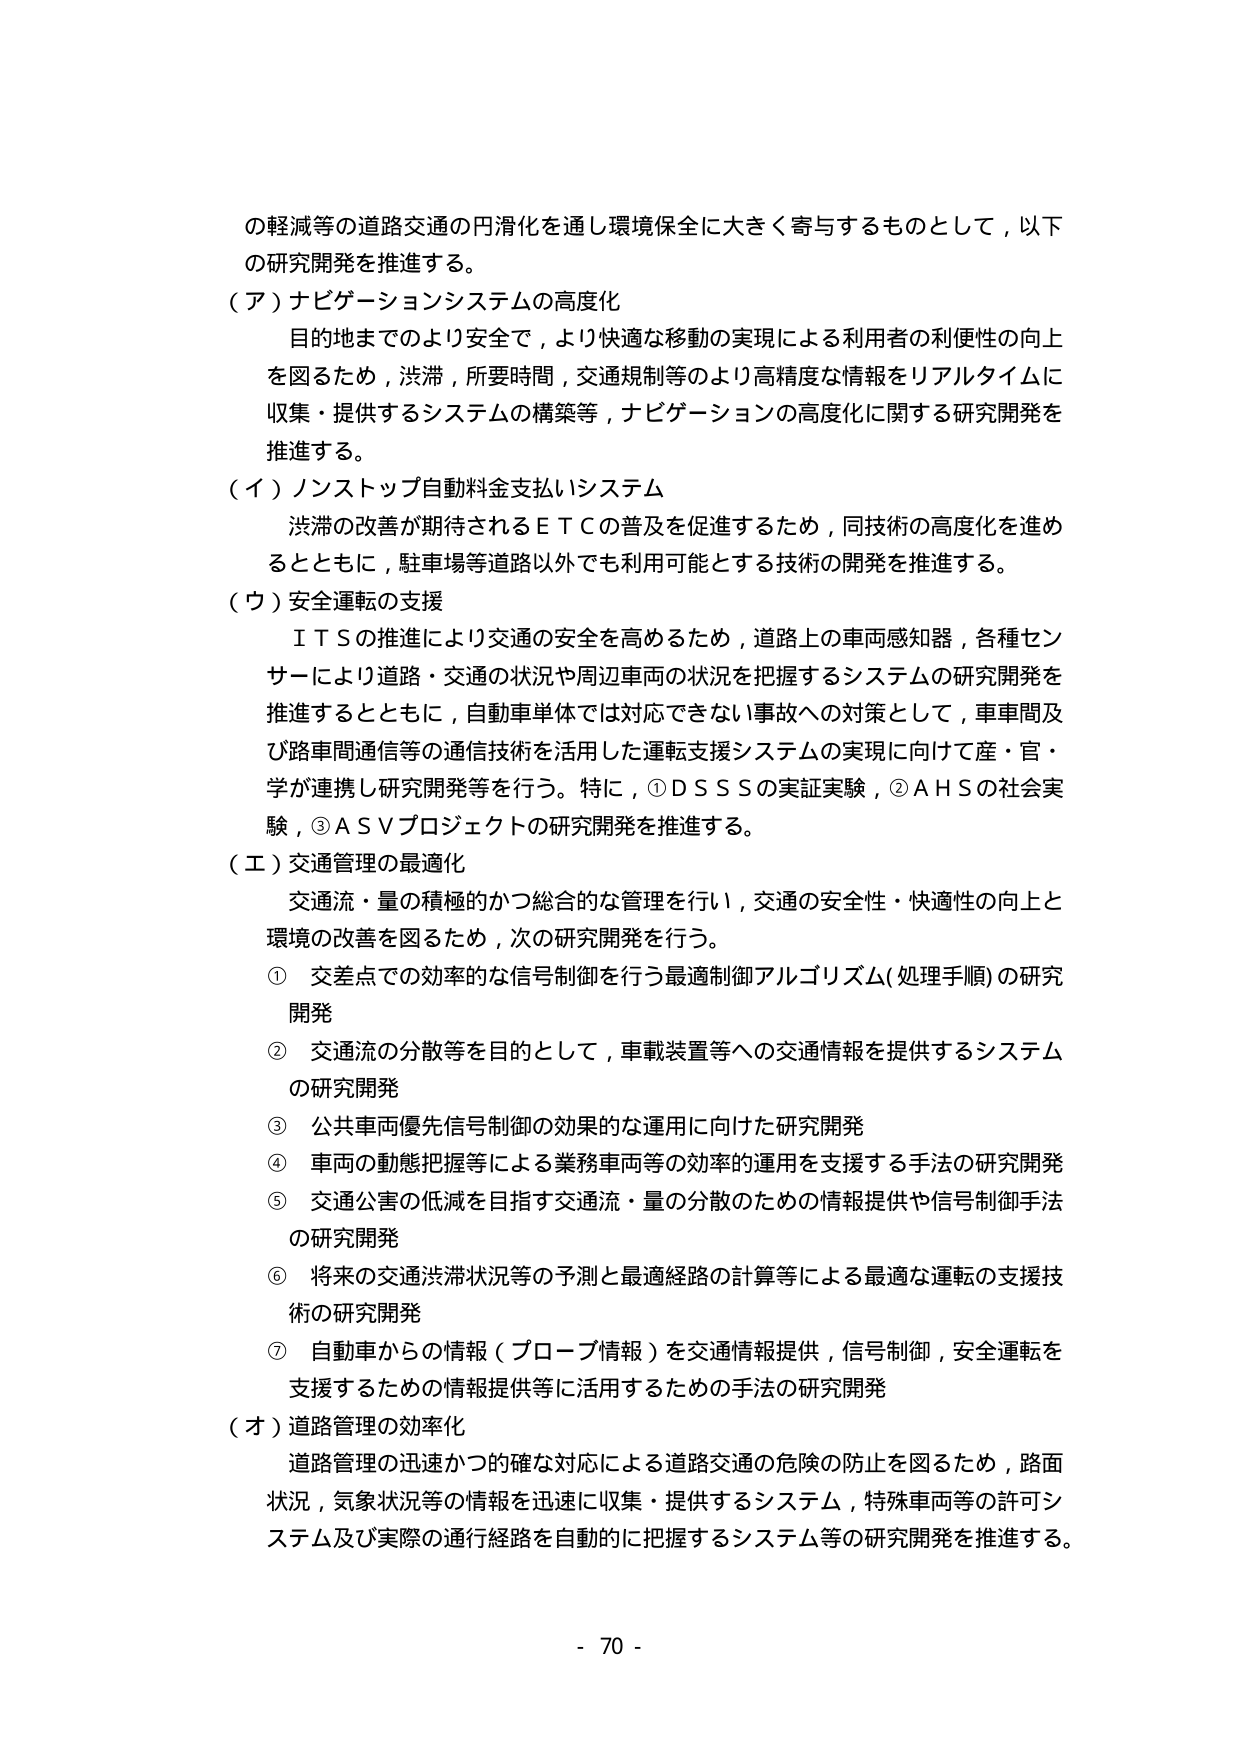
の軽減等の道路交通の円滑化を通し環境保全に大きく寄与するものとして，以下の研究開発を推進する。

（ア）ナビゲーションシステムの高度化
目的地までのより安全で，より快適な移動の実現による利用者の利便性の向上を図るため，渋滞，所要時間，交通規制等のより高精度な情報をリアルタイムに収集・提供するシステムの構築等，ナビゲーションの高度化に関する研究開発を推進する。

（イ）ノンストップ自動料金支払いシステム
渋滞の改善が期待されるＥＴＣの普及を促進するため，同技術の高度化を進めるとともに，駐車場等道路以外でも利用可能とする技術の開発を推進する。

（ウ）安全運転の支援
ＩＴＳの推進により交通の安全を高めるため，道路上の車両感知器，各種センサーにより道路・交通の状況や周辺車両の状況を把握するシステムの研究開発を推進するとともに，自動車単体では対応できない事故への対策として，車車間及び路車間通信等の通信技術を活用した運転支援システムの実現に向けて産・官・学が連携し研究開発等を行う。特に，①ＤＳＳＳの実証実験，②ＡＨＳの社会実験，③ＡＳＶプロジェクトの研究開発を推進する。

（エ）交通管理の最適化
交通流・量の積極的かつ総合的な管理を行い，交通の安全性・快適性の向上と環境の改善を図るため，次の研究開発を行う。
① 交差点での効率的な信号制御を行う最適制御アルゴリズム（処理手順）の研究開発
② 交通流の分散等を目的として，車載装置等への交通情報を提供するシステムの研究開発
③ 公共車両優先信号制御の効果的な運用に向けた研究開発
④ 車両の動態把握等による業務車両等の効率的運用を支援する手法の研究開発
⑤ 交通公害の低減を目指す交通流・量の分散のための情報提供や信号制御手法の研究開発
⑥ 将来の交通渋滞状況等の予測と最適経路の計算等による最適な運転の支援技術の研究開発
⑦ 自動車からの情報（プローブ情報）を交通情報提供，信号制御，安全運転を支援するための情報提供等に活用するための手法の研究開発

（オ）道路管理の効率化
道路管理の迅速かつ確な対応による道路交通の危険の防止を図るため，路面状況，気象状況等の情報を迅速に収集・提供するシステム，特殊車両等の許可システム及び実際の通行経路を自動的に把握するシステム等の研究開発を推進する。

- 70 -